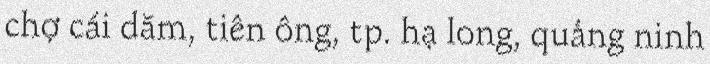
chợ cái dăm, tiên ông, tp. hạ long, quảng ninh